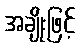
အချိုးဖြင့်